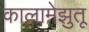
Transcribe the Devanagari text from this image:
कालामेझुतू